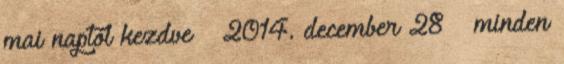
mai naptól kezdve – 2014. december 28 – minden